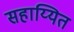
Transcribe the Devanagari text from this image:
सहाय्यित